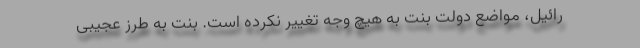
رائیل، مواضع دولت بنت به هیچ وجه تغییر نکرده است. بنت به طرز عجیبی